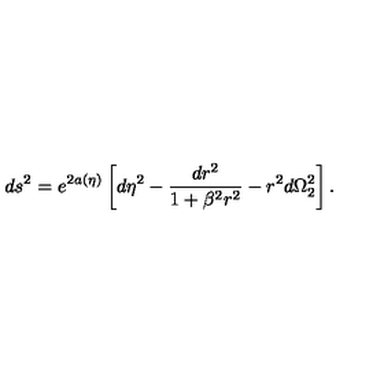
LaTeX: d s ^ { 2 } = e ^ { 2 a ( \eta ) } \left[ d \eta ^ { 2 } - \frac { d r ^ { 2 } } { 1 + \beta ^ { 2 } r ^ { 2 } } - r ^ { 2 } d \Omega _ { 2 } ^ { 2 } \right] .